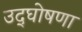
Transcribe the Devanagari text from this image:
उद्‌घोषणा